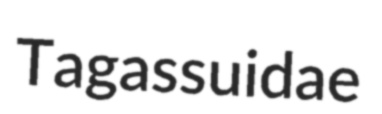
Tagassuidae